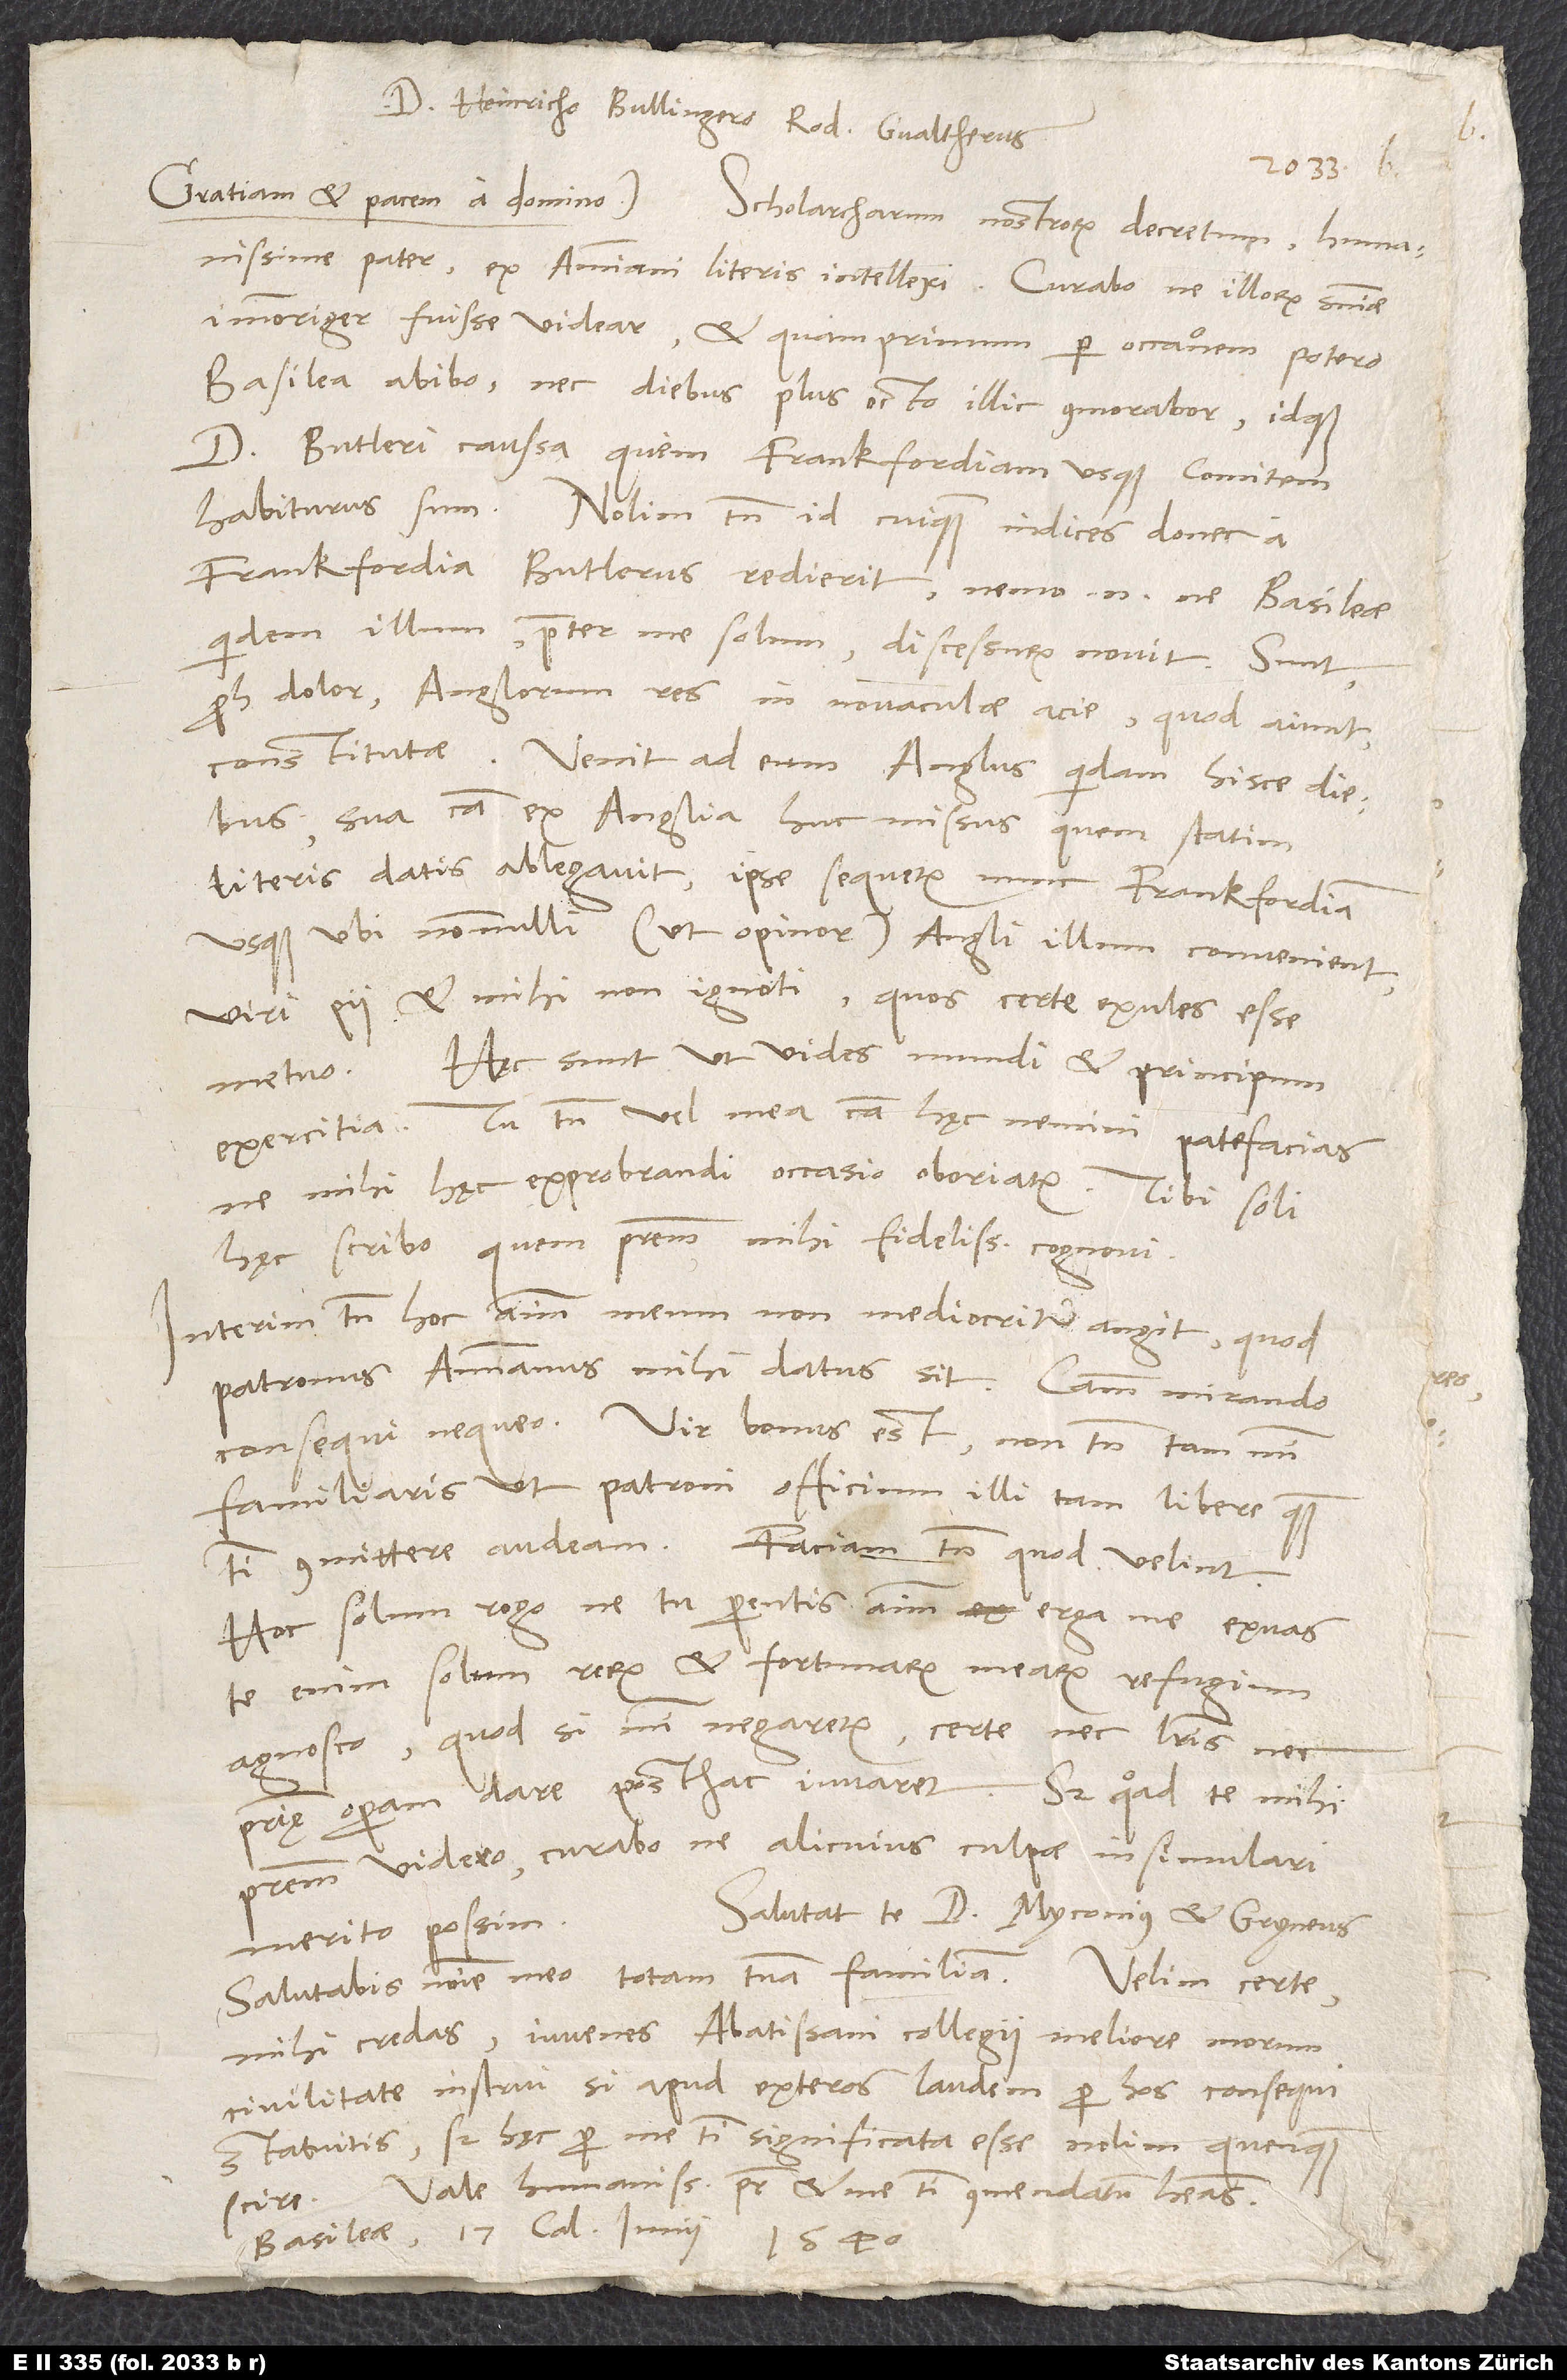
Domino Heinricho Bullingero Rod. Gvaltherus.
humanissime pater, ex Ammiani literis intellexi. Curabo, ne illorum sententiae
immoriger fuisse videar, et quamprimum per occasionem potero,
Basilea abibo nec diebus plus octo illic commorabor idque
d. Butleri caussa, quem Frankfordiam usque comitem
habiturus sum. Nolim tamen, id cuiquam indices, donec a
Frankfordia Butlerus redierit; nemo enim ne Basileae
quidem illum praeter me solum discessurum novit. Sunt,
proh dolor, Anglorum res in novaculae acie, quod aiunt,
constitutae. Venit ad eum Anglus quidam hisce diebus
sua causa ex Anglia huc missus, quem statim
literis datis ablegavit; ipse sequetur nunc Frankfordiam
usque, ubi nonnulli (ut opinor) Angli illum convenient,
viri pii et mihi non ignoti, quos certe exules esse
Hęc sunt, ut vides, mundi et principum
metuo.
exercitia. Tu tamen vel mea causa hęc nemini patefacias,
ne mihi hęc exprobrandi occasio oboriatur. Tibi soli
hęc scribo, quem patrem mihi fidelissimum cognovi.
Interim tamen hoc animum meum non mediocriter angit, quod
patronus Ammianus mihi datus sit. Causam mirando
consequi nequeo. Vir bonus est, non tamen tam mihi
familiaris, ut patroni officium illi tam libere quam
committere audeam. Faciam tamen, quod velint.
Hoc solum rogo, ne tu parentis animum erga me exuas.
Te enim solum rerum et fortunarum mearum refugium
agnosco, quod si mihi negaretur, certe nec literis nec
patrię operam dare posthac iuvaret. Sed, quoad te mihi
patrem videro, curabo, ne alicuius culpae insimulari
Salutat te d. Myconius et Gryneus.
merito possim.
mihi credas, iuvenes Abatissani collegii meliore morum
civilitate instrui, si apud exteros laudem per hos consequi
statuitis; sed hęc per me tibi significata esse nolim quenquam
Vale, humanissime pater, et me tibi commendatum habeas.
Basileae, 17. calendas iunii 1540.